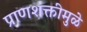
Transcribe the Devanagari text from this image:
प्राणशक्तीमुळे